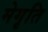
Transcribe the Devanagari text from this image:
मेगृति